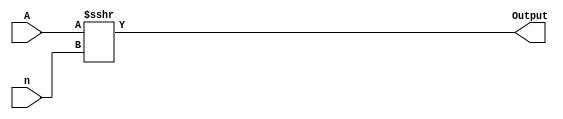
module SRA(A,n, Output);
input[31:0]A;
input [5:0]n;

output reg[31:0]Output;

always@(*)
         Output = A >>> n;
endmodule